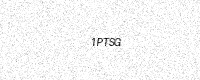
Text: 1PTSG